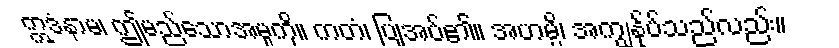
ဣဒံနာမ၊ ဤမည်သောအမှုကို။ ကတံ၊ ပြုအပ်၏။ အဟမ္ပိ၊ အကျွန်ုပ်သည်လည်း။